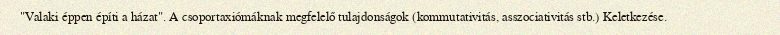
"Valaki éppen építi a házat". A csoportaxiómáknak megfelelő tulajdonságok (kommutativitás, asszociativitás stb.) Keletkezése.